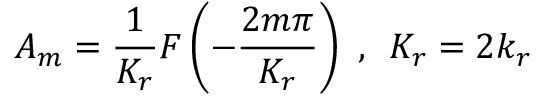
A _ { m } = \frac { 1 } { K _ { r } } F \left( - \frac { 2 m \pi } { K _ { r } } \right) \, \, , \, \, \, K _ { r } = 2 k _ { r }